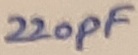
Text: 220pF